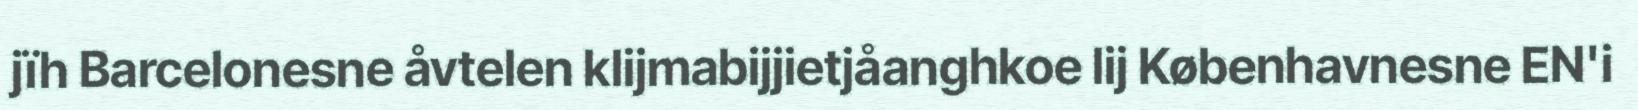
jïh Barcelonesne åvtelen klijmabijjietjåanghkoe lij Københavnesne EN'i